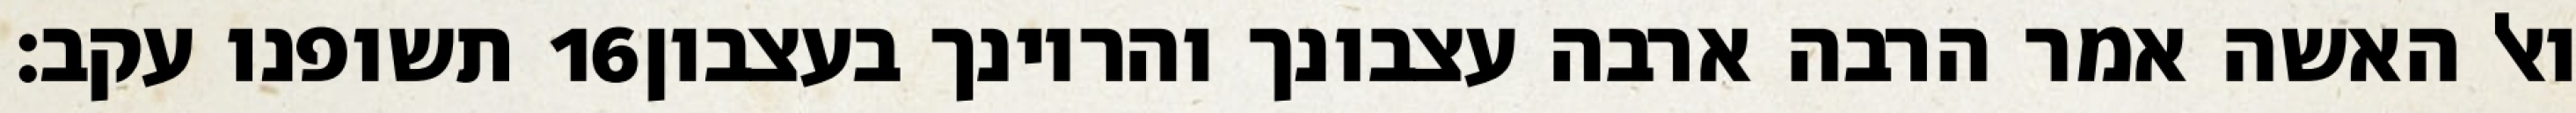
תשופנו עקב׃ ‎16‏ ואל האשה אמר הרבה ארבה עצבונך והריונך בעצבון